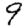
Digit: 9